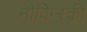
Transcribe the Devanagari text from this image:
नोविन्स्की